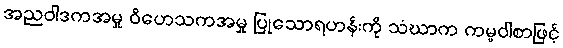
အညဝါဒကအမှု ဝိဟေသကအမှု ပြုသောရဟန်းကို သံဃာက ကမ္မဝါစာဖြင့်